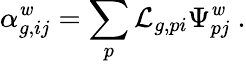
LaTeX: \alpha_{g,ij}^{\mathit{w}}=\sum_{p}\mathcal{{L}}_{g,pi}\Psi_{pj}^{\mathit{w}}~.